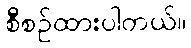
စီစဉ်ထားပါတယ်။